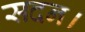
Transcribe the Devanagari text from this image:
सदन।